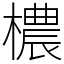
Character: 檂